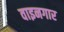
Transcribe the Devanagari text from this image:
वाइनगार